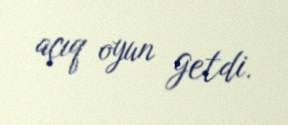
açıq oyun getdi.